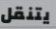
يتنقل